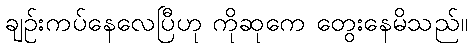
ချဉ်းကပ်နေလေပြီဟု ကိုဆုကေ တွေးနေမိသည်။